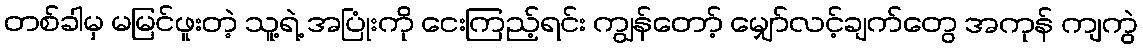
တစ်ခါမှ မမြင်ဖူးတဲ့ သူ့ရဲ့ အပြုံးကို ငေးကြည့်ရင်း ကျွန်တော့် မျှော်လင့်ချက်တွေ အကုန် ကျကွဲ